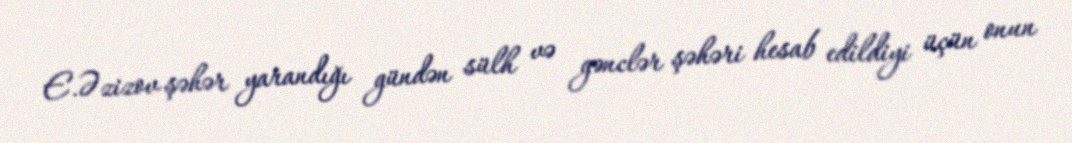
E.Əzizov şəhər yarandığı gündən sülh və gənclər şəhəri hesab edildiyi üçün onun